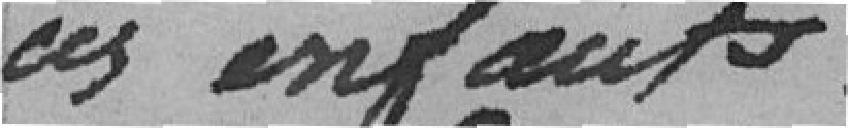
ces enfants .